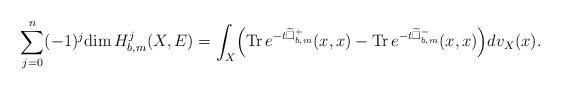
\begin{align*} \sum^n_{j=0}(-1)^j\mathrm{dim\,}H^j_{b,m}(X,E)=\int_X\Bigr(\mathrm{Tr\,}e^{-t\widetilde{\Box}^{+}_{b,m}}(x,x)-\mathrm{Tr\,}e^{-t\widetilde{\Box}^{-}_{b,m}}(x,x)\Bigr)dv_X(x).\end{align*}